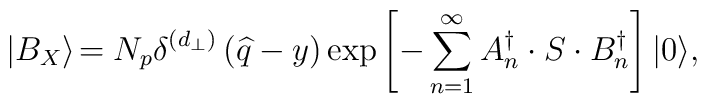
\left| B_{X}\right\rangle \!=N_{p}\delta ^{\left( d_{\bot }\right) }\left(\widehat{q}-y\right) \exp \left[ -\sum_{n=1}^{\infty }A_{n}^{\dagger }\cdot S\cdot B_{n}^{\dagger }\right] \left| 0\right\rangle\!,